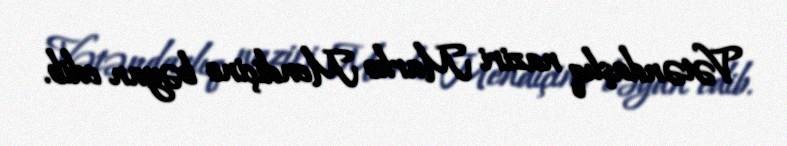
Vətəndaşlıq naziri Marko Mendiçino bəyan edib.